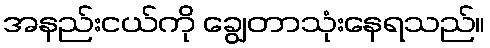
အနည်းငယ်ကို ချွေတာသုံးနေရသည်။